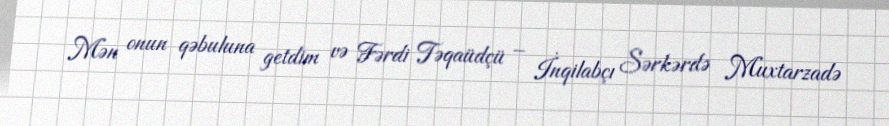
Mən onun qəbuluna getdim və Fərdi Təqaüdçü – İnqilabçı Sərkərdə Muxtarzadə